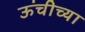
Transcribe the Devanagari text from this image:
ऊंचीच्या